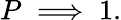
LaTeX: P\implies 1.